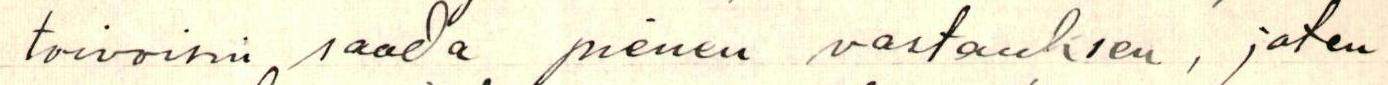
toivoisin saada pienen vastauksen, joten